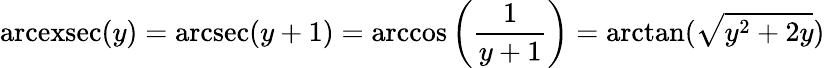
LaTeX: \operatorname{arcexsec}(y)=\operatorname{arcsec}(y+1)=\operatorname{arccos}\left({\frac{1}{y+1}}\right)=\arctan({\sqrt{y^{2}+2y}})